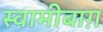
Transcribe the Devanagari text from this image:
स्वामीबाग़